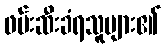
ဖမ်းဆီးခံရသူများ၏